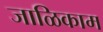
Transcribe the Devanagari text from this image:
जाळिकाम